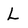
Character: L